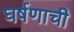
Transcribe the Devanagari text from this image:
घर्षणाची